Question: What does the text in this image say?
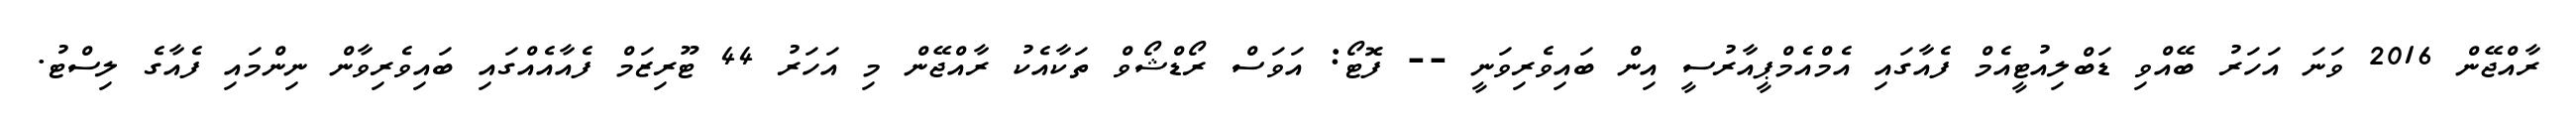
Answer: ރާއްޖޭން 2016 ވަނަ އަހަރު ބޭއްވި ޑަބްލިއުޓީއެމް ފެއާގައި އެމްއެމްޕީއާރުސީ އިން ބައިވެރިވަނީ -- ފޮޓޯ: އަވަސް ރޯޑްޝޯވް ތަކާއެކު ރާއްޖޭން މި އަހަރު 44 ޓޫރިޒަމް ފެއާއެއްގައި ބައިވެރިވާން ނިންމައި ފެއާގެ ލިސްޓު.